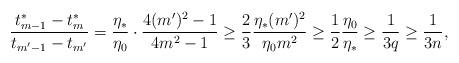
LaTeX: \begin{align*}\frac{t_{m-1}^*-t_{m}^*}{t_{m'-1}-t_{m'}}=\frac{\eta_*}{\eta_0}\cdot\frac{4(m')^2-1}{4m^2-1}\geq\frac{2}{3}\frac{\eta_*(m')^2}{\eta_0m^2}\geq\frac{1}{2}\frac{\eta_0}{\eta_*}\geq\frac{1}{3q}\geq\frac{1}{3n},\end{align*}